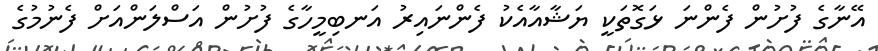
އޭނާގެ ފުށުން ފެންނަ ޅަގޮތަކީ ޔަޝާއާއެކު ފެންނައިރު އަނބިމީހާގެ ފުށުން އަސްލަންއަށް ފެނުމުގެ